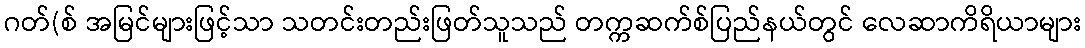
ဂတ်(စ် အမြင်များဖြင့်သာ သတင်းတည်းဖြတ်သူသည် တက္ကဆက်စ်ပြည်နယ်တွင် လေဆာကိရိယာများ